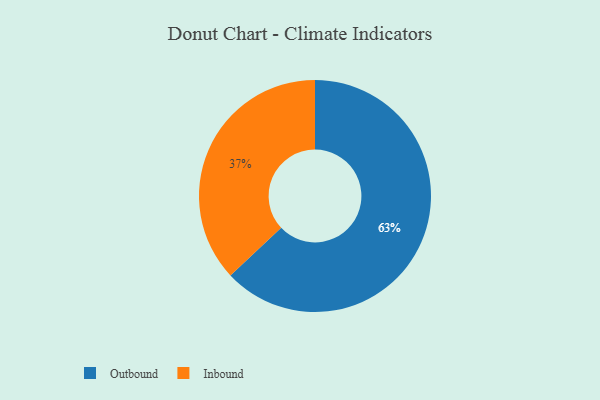
{"axis": {"x": "Category", "y": "Percentage"}, "legend": ["Inbound", "Outbound"], "data": [{"x": "Inbound", "y": 37, "type": "Inbound"}, {"x": "Outbound", "y": 63, "type": "Outbound"}]}